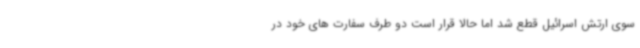
سوی ارتش اسرائیل قطع شد اما حالا قرار است دو طرف سفارت های خود در